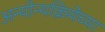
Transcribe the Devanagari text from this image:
अन्योन्यक्रियेच्या